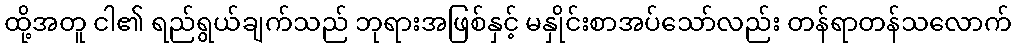
ထို့အတူ ငါ၏ ရည်ရွယ်ချက်သည် ဘုရားအဖြစ်နှင့် မနှိုင်းစာအပ်သော်လည်း တန်ရာတန်သလောက်